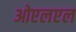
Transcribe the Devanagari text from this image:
ओएलएल